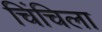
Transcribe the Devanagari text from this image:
चिंचिला